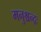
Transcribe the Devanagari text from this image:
मनुश्चन्द्रः